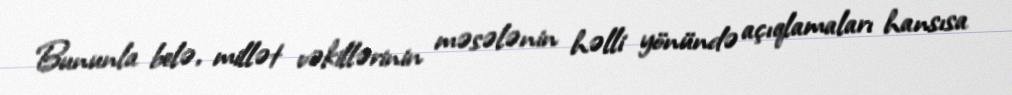
Bununla belə, millət vəkillərinin məsələnin həlli yönündə açıqlamaları hansısa